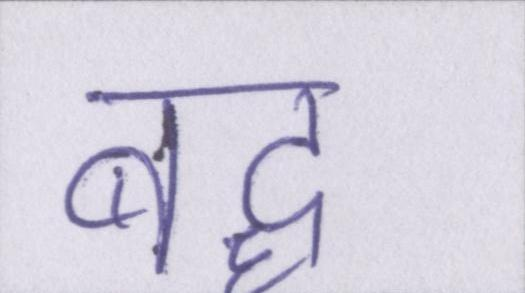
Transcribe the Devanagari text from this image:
बद्ध